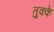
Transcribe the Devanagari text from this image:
तुक्के